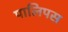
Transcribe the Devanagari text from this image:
पालिपस